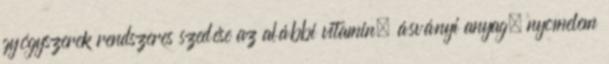
gyógyszerek rendszeres szedése az alábbi vitamin, ásványi anyag, nyomelem